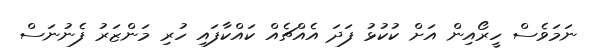
ނަމަވެސް ހީރޯއިން އަށް ކުކުޅު ފަދަ އެއްޗެއް ކައްކާފައި ހުރި މަންޒަރު ފެނުނަސް